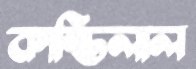
কান্তিলাল